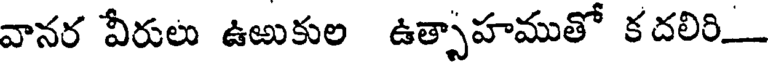
వానర వీరులు ఉఱుకుల ఉత్పాహముతో కదలిరి